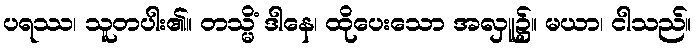
ပရဿ၊ သူတပါး၏။ တသ္မိံ ဒါနေ၊ ထိုပေးသော အလှူ၌။ မယာ၊ ငါသည်။